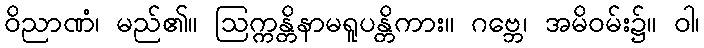
ဝိညာဏံ၊ မည်၏။ ဩက္ကန္တိနာမရူပန္တိကား။ ဂဗ္ဘေ၊ အမိဝမ်း၌။ ဝါ၊